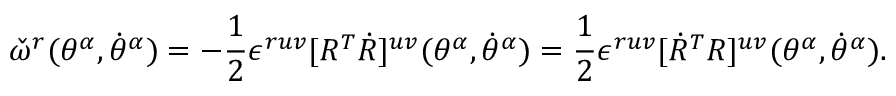
{ \check { \omega } } ^ { r } ( \theta ^ { \alpha } , \dot { \theta } ^ { \alpha } ) = - { \frac { 1 } { 2 } } \epsilon ^ { r u v } [ R ^ { T } \dot { R } ] ^ { u v } ( \theta ^ { \alpha } , \dot { \theta } ^ { \alpha } ) = { \frac { 1 } { 2 } } \epsilon ^ { r u v } [ { \dot { R } } ^ { T } R ] ^ { u v } ( \theta ^ { \alpha } , \dot { \theta } ^ { \alpha } ) .